EAOK_Sinod, lk 93
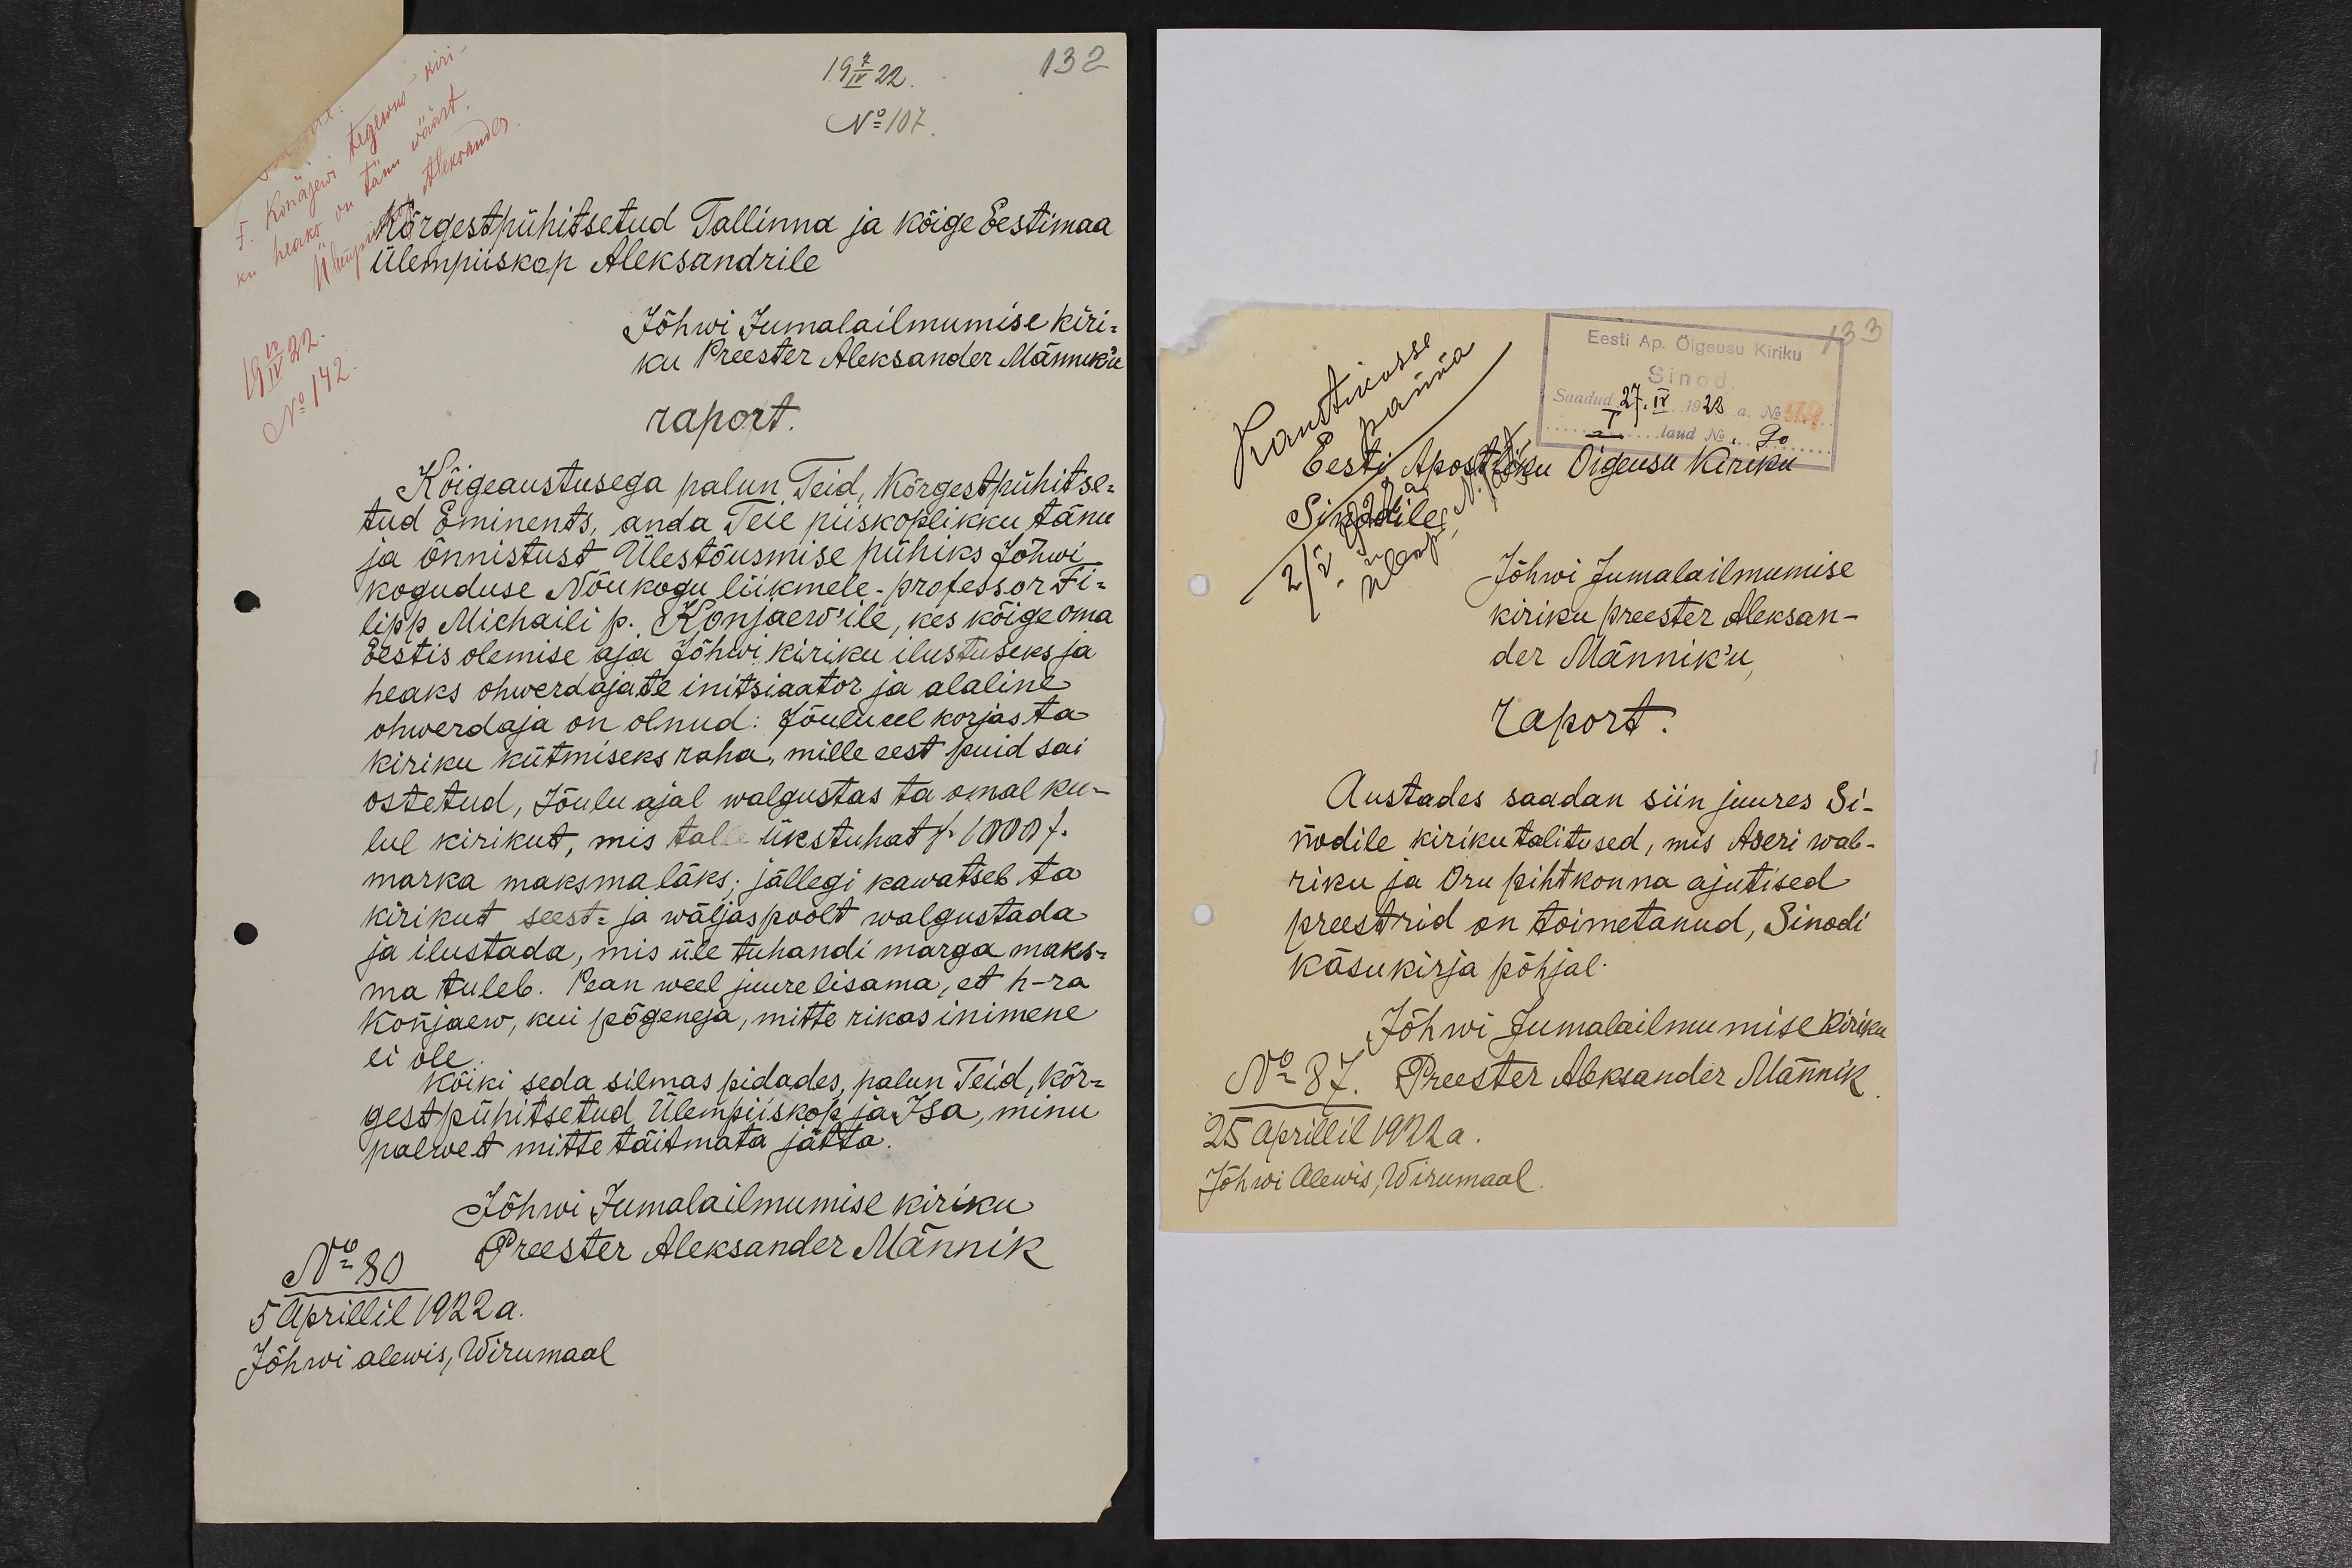
19 7/IV 22.
132
No 107.
Kõrgestpühitsetud Tallinna ja Kõige Eestimaa
Ülempiiskop Aleksandrile
Jõhwi Jumalailmumise kiri-
ku Preester Aleksander Männik`u
raport.
Kõigeaustusega palun Teid, Kõrgest pühitse-
tud Eminents, anda Teie piiskoplikku tänu
ja õnnistust Ülestõusmise pühiks Jõhwi
koguduse Nõukogu liikmele - professor Fi-
lipp Michaili p. Konjaew`ile, kes kõige oma
Eestis olemise aja Jõhwi kiriku ilustuseks ja
heaks ohwerdajate initsiaator ja alaline
ohwerdaja on olnud: Jõulueel korjas ta
kiriku kütmiseks raha, mille eest puid sai
ostetud, Jõulu ajal walgustas ta omal ku-
lul kirikut, mis talle ükstuhat /1000/.
marka maksma läks; jällegi kawatseb ta
kirikut seest- ja wäljaspoolt walgustada
ja ilustada, mis üle tuhandi marga maks-
ma tuleb. Pean weel juure lisama, et h-ra
Konjaew, kui põgeneja, mitte rikas inimene
ei ole.
Kõiki seda silmas pidades, palun Teid, kõr-
gest pühitsetud Ülempiiskop ja Isa, minu
palwet mitte täitmata jätta.
Jõhwi Jumalailmumise kiriku
No 80
Preester Aleksander Männik
5 Aprillil 1922 a.
Jõhwi alewis, Wirumaal

83
Eesti Apostliku Õigeusu kiriku
Sinodile
Jõhwi Jumalailmumise
kiriku preester Aleksan-
der Männik`u,
raport.
Austades saadan siin juures Si-
nodile kirikutalitused, mis Aseri wab-
riku ja Oru pihtkonna ajutised
preestrid on toimetanud, Sinodi
käsukirja põhjal.
Jõhwi Jumalailmumise kiriku
No 87. Preester Aleksander Männik.
25 aprillil 1922 a.
Jõhwi Alewis, Wirumaal.